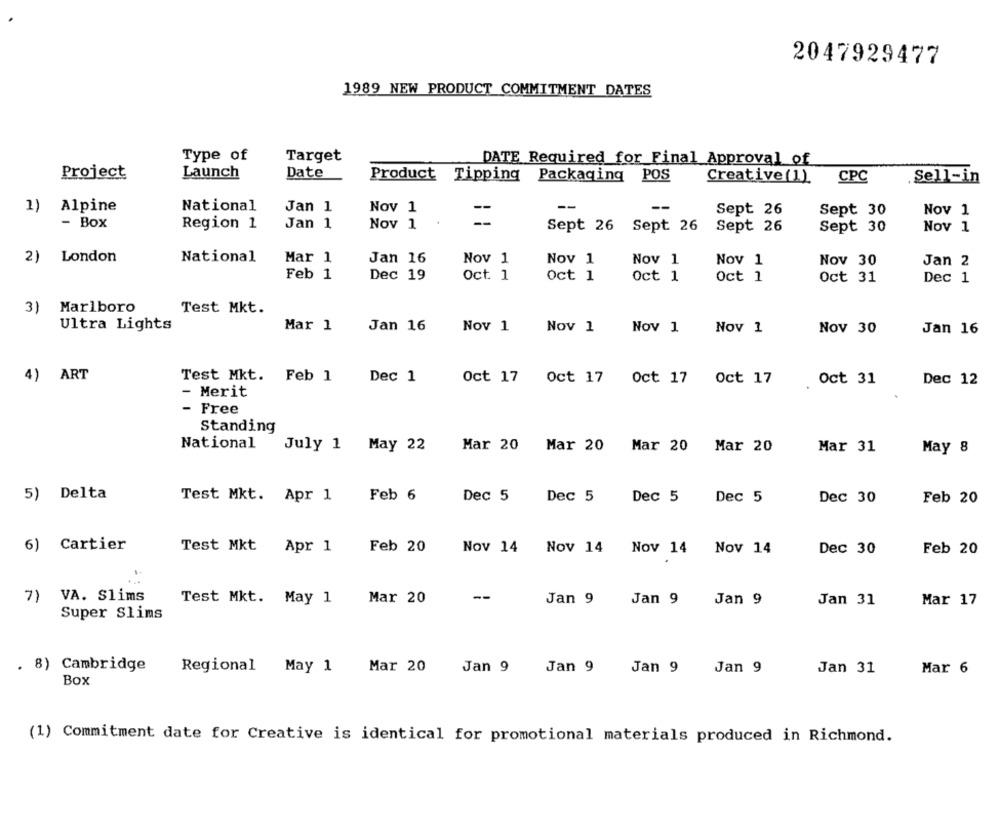
2047929477
1989 NEW PRODUCT COMMITMENT DATES
Type of
Target
DATE Required for Final Approval of
Project
Launch
Date
Product Tipping Packaging POS
Creative(1)
CPC
Sell-in
1)
Alpine
National
Jan 1
Nov 1
--
--
Sept 26
Sept 30
Nov 1
- Box
Region 1
Jan 1
Nov 1
--
Sept 26 Sept 26
Sept 26
Sept 30
Nov 1
London
National
Mar 1
Jan 16
Nov 1
Nov 1
Nov 1
Nov 1
Nov 30
Jan 2
Feb 1
Dec 19
Oct 1
Oct 1
Oct 1
Oct 1
Oct 31
Dec 1
Marlboro
Test Mkt.
3)
Ultra Lights
Mar 1
Jan 16
Nov 1
Nov 1
Nov 1
Nov 1
Nov 30
Jan 16
4)
ART
Test Mkt. Feb 1
Dec 1
Oct 17
Oct 17
Oct 17 Oct 17
Oct 31
Dec 12
- Merit
- Free
Standing
National
July 1 May 22
Mar 20 Mar 20 Mar 20
Mar 20
Mar 31
May 8
5) Delta
Test Mkt. Apr 1
Feb 6
Dec 5
Dec 5
Dec 5
Dec 5
Dec 30
Feb 20
6) Cartier
Test Mkt
Apr 1
Feb 20
Nov 14 Nov 14 Nov 14 Nov 14
Dec 30
Feb 20
7) VA. Slims
Test Mkt. May 1
Mar 20
--
Jan 9
Jan 9
Jan 9
Jan 31
Mar 17
Super Slims
. 8) Cambridge
Regional
May 1
Mar 20
Jan 9
Jan 9
Jan 9
Jan 9
Jan 31
Mar 6
Box
(1) Commitment date for Creative is identical for promotional materials produced in Richmond.